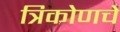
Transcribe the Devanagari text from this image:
त्रिकोणचे